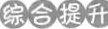
综合提升